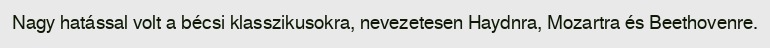
Nagy hatással volt a bécsi klasszikusokra, nevezetesen Haydnra, Mozartra és Beethovenre.